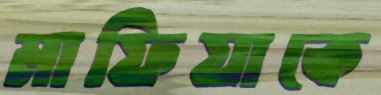
মাফিয়াকে